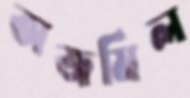
অজমিল